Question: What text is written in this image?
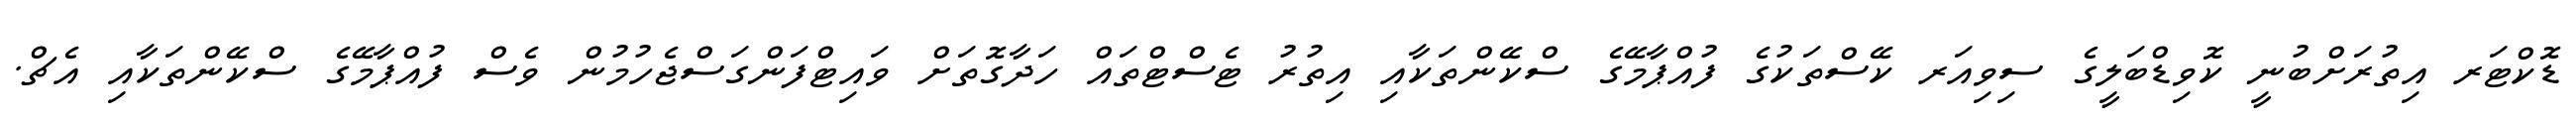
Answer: ޑޮކްޓަރ އިތުރަށްބުނީ ކޮވިޑްބަލީގެ ސިވިއަރ ކޭސްތަކުގެ ފުއްޕާމޭގެ ސްކޭންތަކާއި އިތުރު ޓެސްޓްތައް ހަދާގޮތަށް ވައިޓްފަންގަސްޖެހުމުން ވެސް ފުއްޕާމޭގެ ސްކޭންތަކާއި އެޗް.